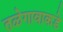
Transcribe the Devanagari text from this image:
तळेगावाकडे